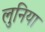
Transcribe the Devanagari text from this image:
लुनिया